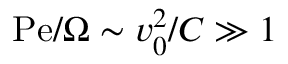
\mathrm { P e } / \Omega \sim v _ { 0 } ^ { 2 } / C \gg 1